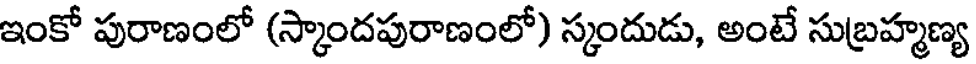
ఇంకో పురాణంలో (స్కాందపురాణంలో) స్కందుడు, అంటే సుబ్రహ్మణ్య